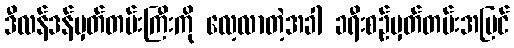
ဒီလန်ဒန်မှတ်တမ်းကြီးကို လေ့လာတဲ့အခါ ခရီးစဉ်မှတ်တမ်းအပြင်